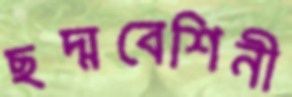
ছদ্মবেশিনী